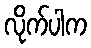
လိုက်ပါက